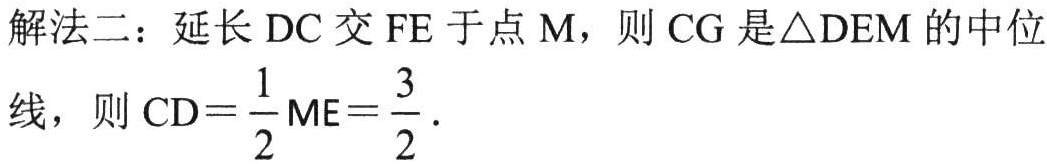
解法二：延长$\mathrm{DC}$交$\mathrm{FE}$于点$\mathrm{M}$，则$\mathrm{CG}$是$\triangle \mathrm{DEM}$的中位
线，则$\mathrm{CD}=\dfrac{1}{2}\mathrm{ME}=\dfrac{3}{2}$．